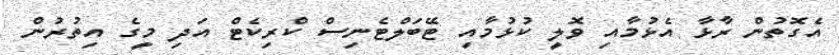
އެގޮތުން ރާޅާ އެޅުމާއި ވޮލީ ކުޅުމާއި ޓޭބަލްޓެނިސް ކްރިކެޓް އަދި މީގެ އިތުރުން